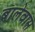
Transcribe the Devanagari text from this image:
बालेवास